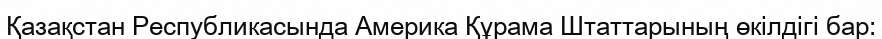
Қазақстан Республикасында Америка Құрама Штаттарының өкілдігі бар: